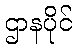
ဌာနပိုင်